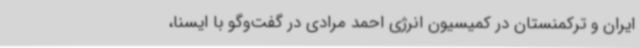
ایران و ترکمنستان در کمیسیون انرژی احمد مرادی در گفت‌وگو با ایسنا،